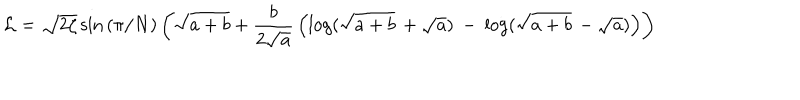
LaTeX: { \cal L } = \sqrt { 2 \zeta } \sin { ( \pi / N ) } \left( \sqrt { a + b } + { \frac { b } { 2 \sqrt { a } } } \left( \log ( \sqrt { a + b } \, + \sqrt { a } ) \: - \: \log ( \sqrt { a + b } \, - \sqrt { a } ) \right) \right)